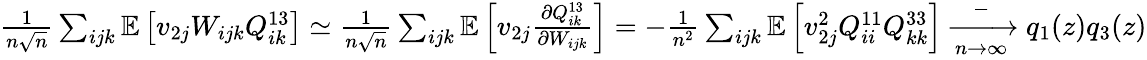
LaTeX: \begin{array}{r}{\frac{1}{n\sqrt n}\sum_{ijk}\mathbb{E}\left[v_{2j}W_{ijk}Q_{ik}^{13}\right]\simeq\frac{1}{n\sqrt n}\sum_{ijk}\mathbb{E}\left[v_{2j}\frac{\partial Q_{ik}^{13}}{\partial W_{ijk}}\right]=-\frac{1}{n^{2}}\sum_{ijk}\mathbb{E}\left[v_{2j}^{2}Q_{ii}^{11}Q_{kk}^{33}\right]\xrightarrow[n\to\infty]-q_{1}(z)q_{3}(z)}\end{array}